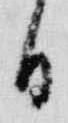
日